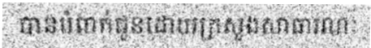
បានបំពាក់ជូនដោយក្រសួងសាធារណៈ